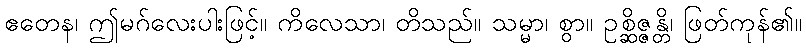
ဧတေန၊ ဤမဂ်လေးပါးဖြင့်။ ကိလေသာ၊ တိသည်။ သမ္မာ၊ စွာ။ ဥစ္ဆိဇ္ဇန္တိ၊ ဖြတ်ကုန်၏။